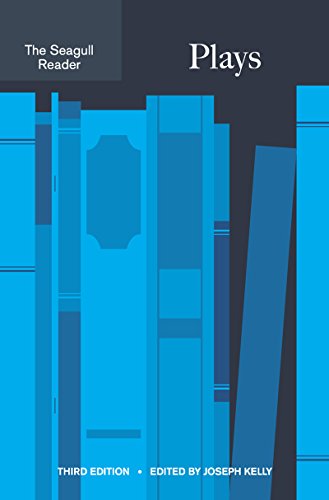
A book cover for The Seagull Reader: Plays (Third Edition); Literature & Fiction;